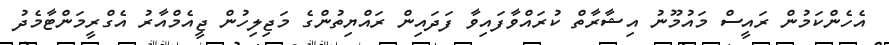
އެހެންކަމުން ރައީސް މައުމޫނު އިޝާރާތް ކުރައްވާފައިވާ ފަދައިން ރައްޔިތުންގެ މަޖިލިހުން ޖީއެމްއާރު އެގްރީމަންޓާމެދު